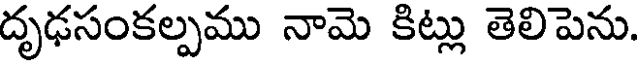
దృఢసంకల్పము నామె కిట్లు తెలిపెను.